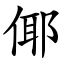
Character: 倻